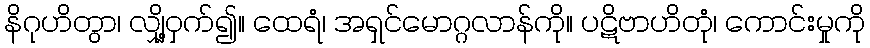
နိဂုဟိတွာ၊ လျှို့ဝှက်၍။ ထေရံ၊ အရှင်မောဂ္ဂလာန်ကို။ ပဋိဗာဟိတုံ၊ ကောင်းမှုကို